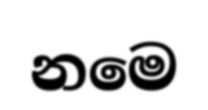
නමෙ